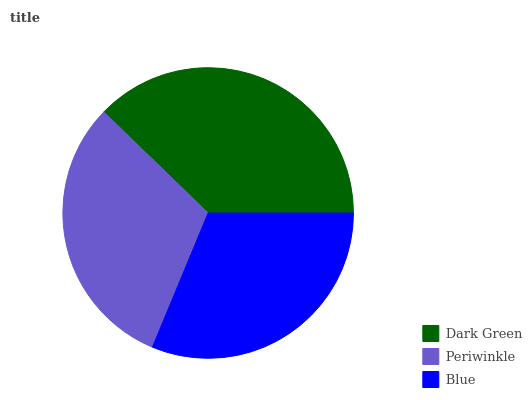
| Dark Green | Periwinkle | Blue |
 | --- | --- | --- |
 | 37.7% | 31.1% | 31.2% |